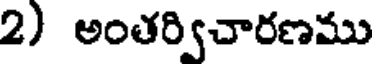
2) అంతర్విచారణము